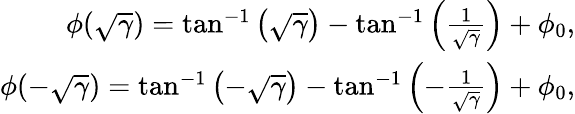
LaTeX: \begin{array}{r}{\phi(\sqrt{\gamma})=\tan^{-1}\left(\sqrt{\gamma}\right)-\tan^{-1}\left(\frac{1}{\sqrt{\gamma}}\right)+\phi_{0},}\\ {\phi(-\sqrt{\gamma})=\tan^{-1}\left(-\sqrt{\gamma}\right)-\tan^{-1}\left(-\frac{1}{\sqrt{\gamma}}\right)+\phi_{0},}\end{array}